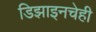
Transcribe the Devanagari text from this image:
डिझाइनचेही